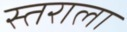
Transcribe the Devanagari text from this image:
स्तराला